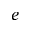
e